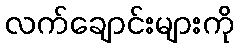
လက်ချောင်းများကို